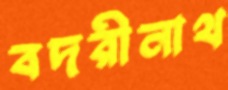
বদরীনাথ